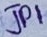
Text: JP1